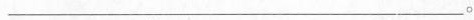
___。